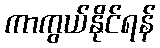
ကာကွယ်နိုင်ရန်